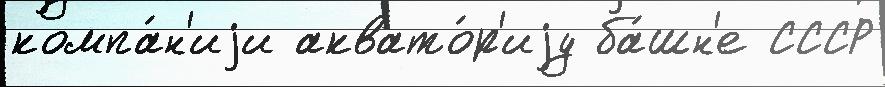
компа́н'иjи аквато́р'иjу ба́шн'е СССР